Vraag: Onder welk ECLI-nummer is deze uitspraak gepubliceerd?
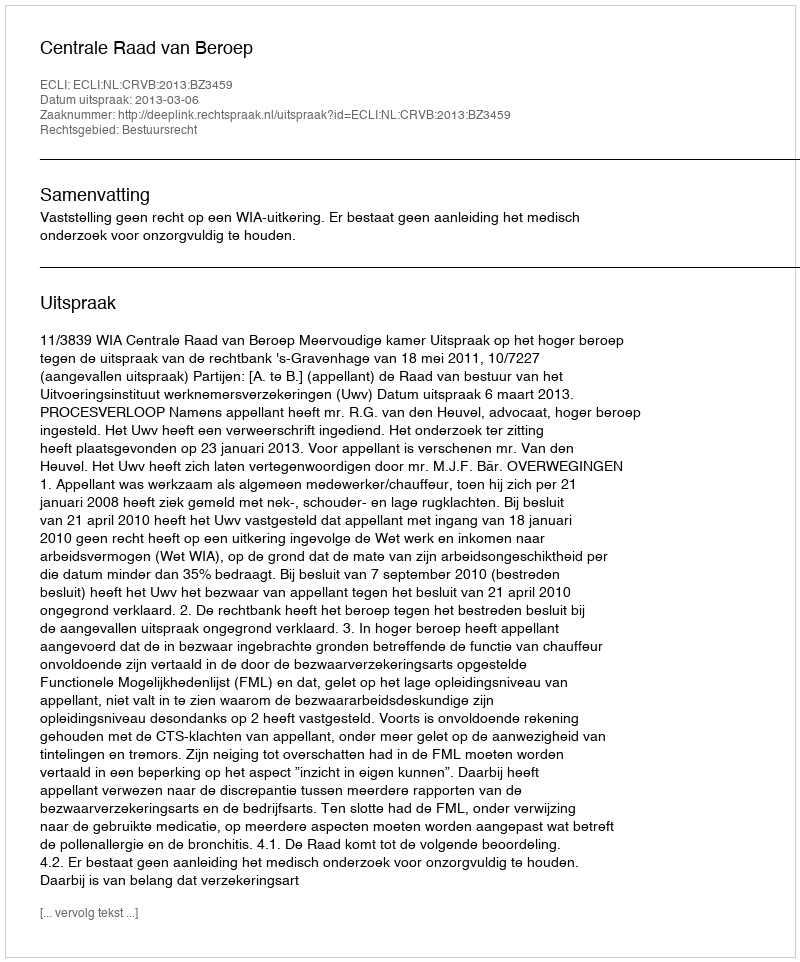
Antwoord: ECLI:NL:CRVB:2013:BZ3459